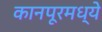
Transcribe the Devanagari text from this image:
कानपूरमध्ये